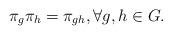
LaTeX: \begin{align*}\pi_g\pi _h=\pi_{gh}, \forall g, h \in G.\end{align*}